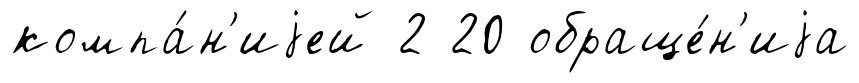
компа́н'иjей 2 20 обраще́н'иjа